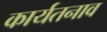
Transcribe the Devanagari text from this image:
कार्यतनाव